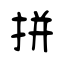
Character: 拼